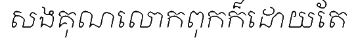
សងគុណលោកពុកក៏ដោយតែ